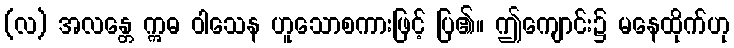
(လ) အလန္တေ ဣဓ ဝါသေန ဟူသောစကားဖြင့် ပြ၏။ ဤကျောင်း၌ မနေထိုက်ဟု